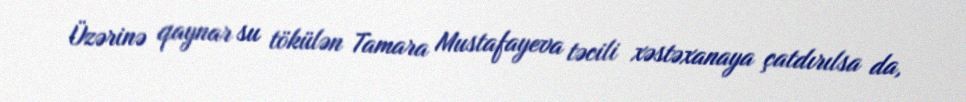
Üzərinə qaynar su tökülən Tamara Mustafayeva təcili xəstəxanaya çatdırılsa da,